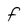
Character: F